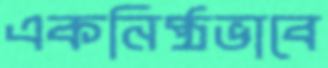
একনিষ্ঠভাবে